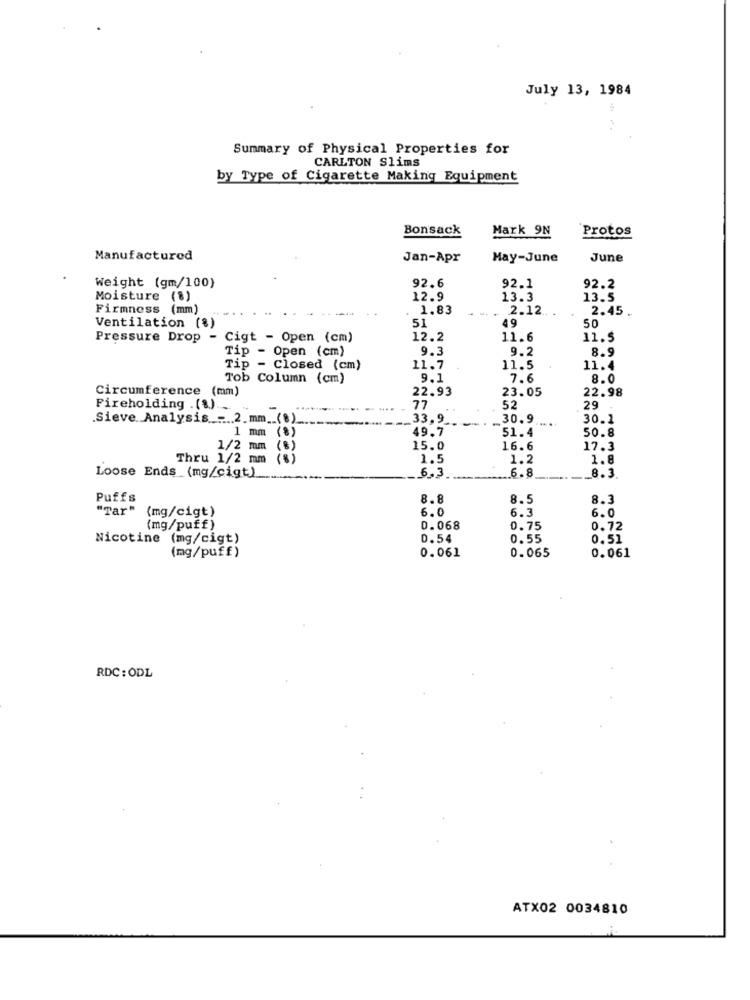
July 13, 1984
Summary of Physical Properties for
CARLTON Slims
by Type of Cigarette Making Equipment
Bonsack
Mark 9N
Protos
Manufactured
Jan-Apr
May-June
June
Weight (gm/100)
92.6
92.1
92.2
Moisture (8)
12.9
13.3
13.5
Firmness (mm)
1.83
2.12 ..
2.45.
Ventilation (%)
51
49
50
Pressure Drop - Cigt - Open (cm)
12.2
11.6
11.5
Tip - Open (cm)
9.3
9.2
8.9
Tip
- Closed (cm)
11.7
11.5
11.4
Tob Column (cm)
9.1
7.6
8.0
Circumference (mm)
22.93
23.05
22.98
Fireholding .(8) ...
77
52
29
Sieve Analysis- 2.mm(8)
33,9
30.9.
44
30.1
1 mm
49.7
51.4
(8)
50.8
1/2 mm (8)
15.0
16.6
17.3
Thru 1/2 mm
1.5
1.2
1.8
Loose Ends (mg/cigt)
6.3
.6.8
8.3
Puffs
8.8
8.5
8.3
"Tar"
(mg/cigt)
6.0
6.3
6.0
(mg/puff)
0.068
0.75
0.72
Nicotine (mg/cigt)
D.54
0.55
0.51
0.061
0.065
(mg/puff)
0.061
RDC: ODL
ATX02 0034810